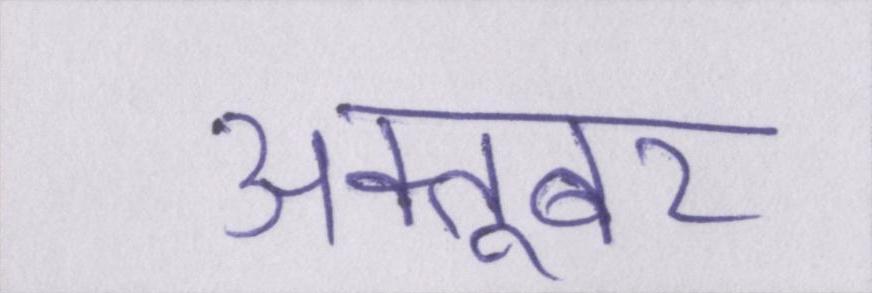
अक्तूबर